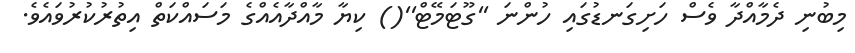
މިބުނި ދެމާއްދާ ވެސް ހަށިގަނޑުގައި ހުންނަ ''ގޫޓަމޭޓް''() ކިޔާ މާއްދާއެއްގެ މަސައްކަތް އިތުރުކުރުވައެވެ.